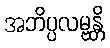
အဘိပ္ပလမ္ဗန္တိ